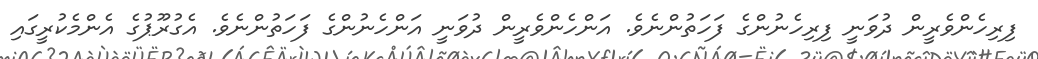
ފިރިހެންވެރީން ދުވަނީ ފިރިހެނުންގެ ފަހަތުންނެވެ. އަންހެންވެރީން ދުވަނީ އަންހެނުންގެ ފަހަތުންނެވެ. އެގުރޫޕުގެ އެންމެކުރީގައި